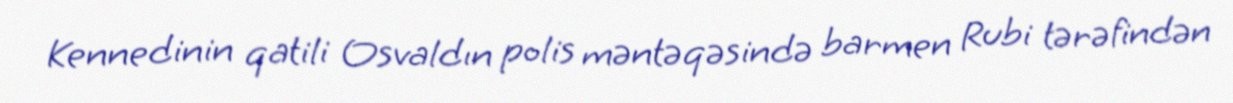
Kennedinin qatili Osvaldın polis məntəqəsində barmen Rubi tərəfindən